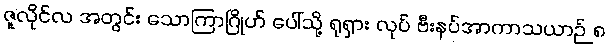
ဇူလိုင်လ အတွင်း သောကြာဂြိုဟ် ပေါ်သို့ ရုရှား လုပ် ဗီးနပ်အာကာသယာဉ် ၈